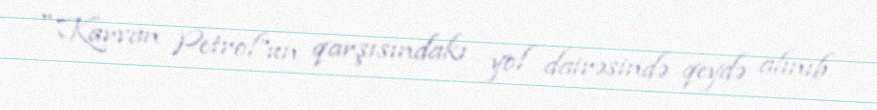
"Karvan Petrol”un qarşısındakı yol dairəsində qeydə alınıb.